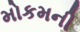
મોકમની